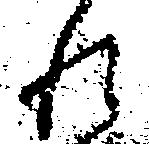
れ